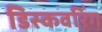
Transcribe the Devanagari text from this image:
डिस्कवरिंग